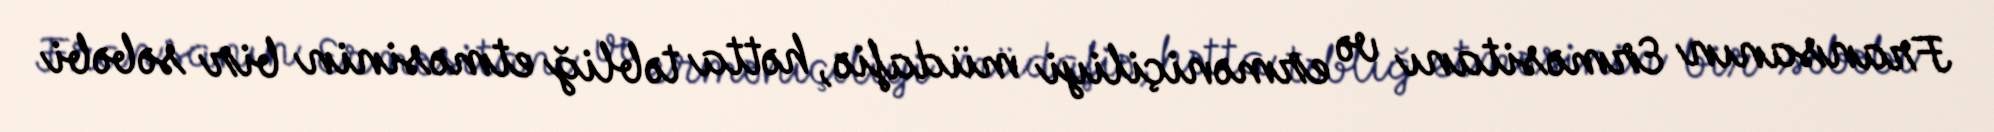
Fransanın Erməsitanı və erməniçiliyi müdafiə, hətta təbliğ etməsinin bir səbəbi